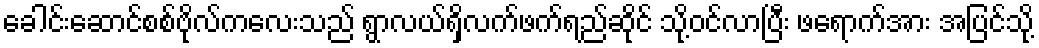
ခေါင်းဆောင်စစ်ဗိုလ်ကလေးသည် ရွာလယ်ရှိလက်ဖက်ရည်ဆိုင် သို့ဝင်လာပြီး ဖရောက်အား အပြင်သို့